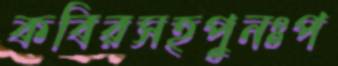
কবিরসহপুনঃপ